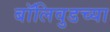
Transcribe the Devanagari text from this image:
बॉलिवुडच्या